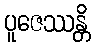
ပူဇေဿန္တိ